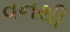
વનથી